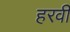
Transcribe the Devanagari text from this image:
हरवी